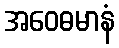
အဝေဓမာနံ